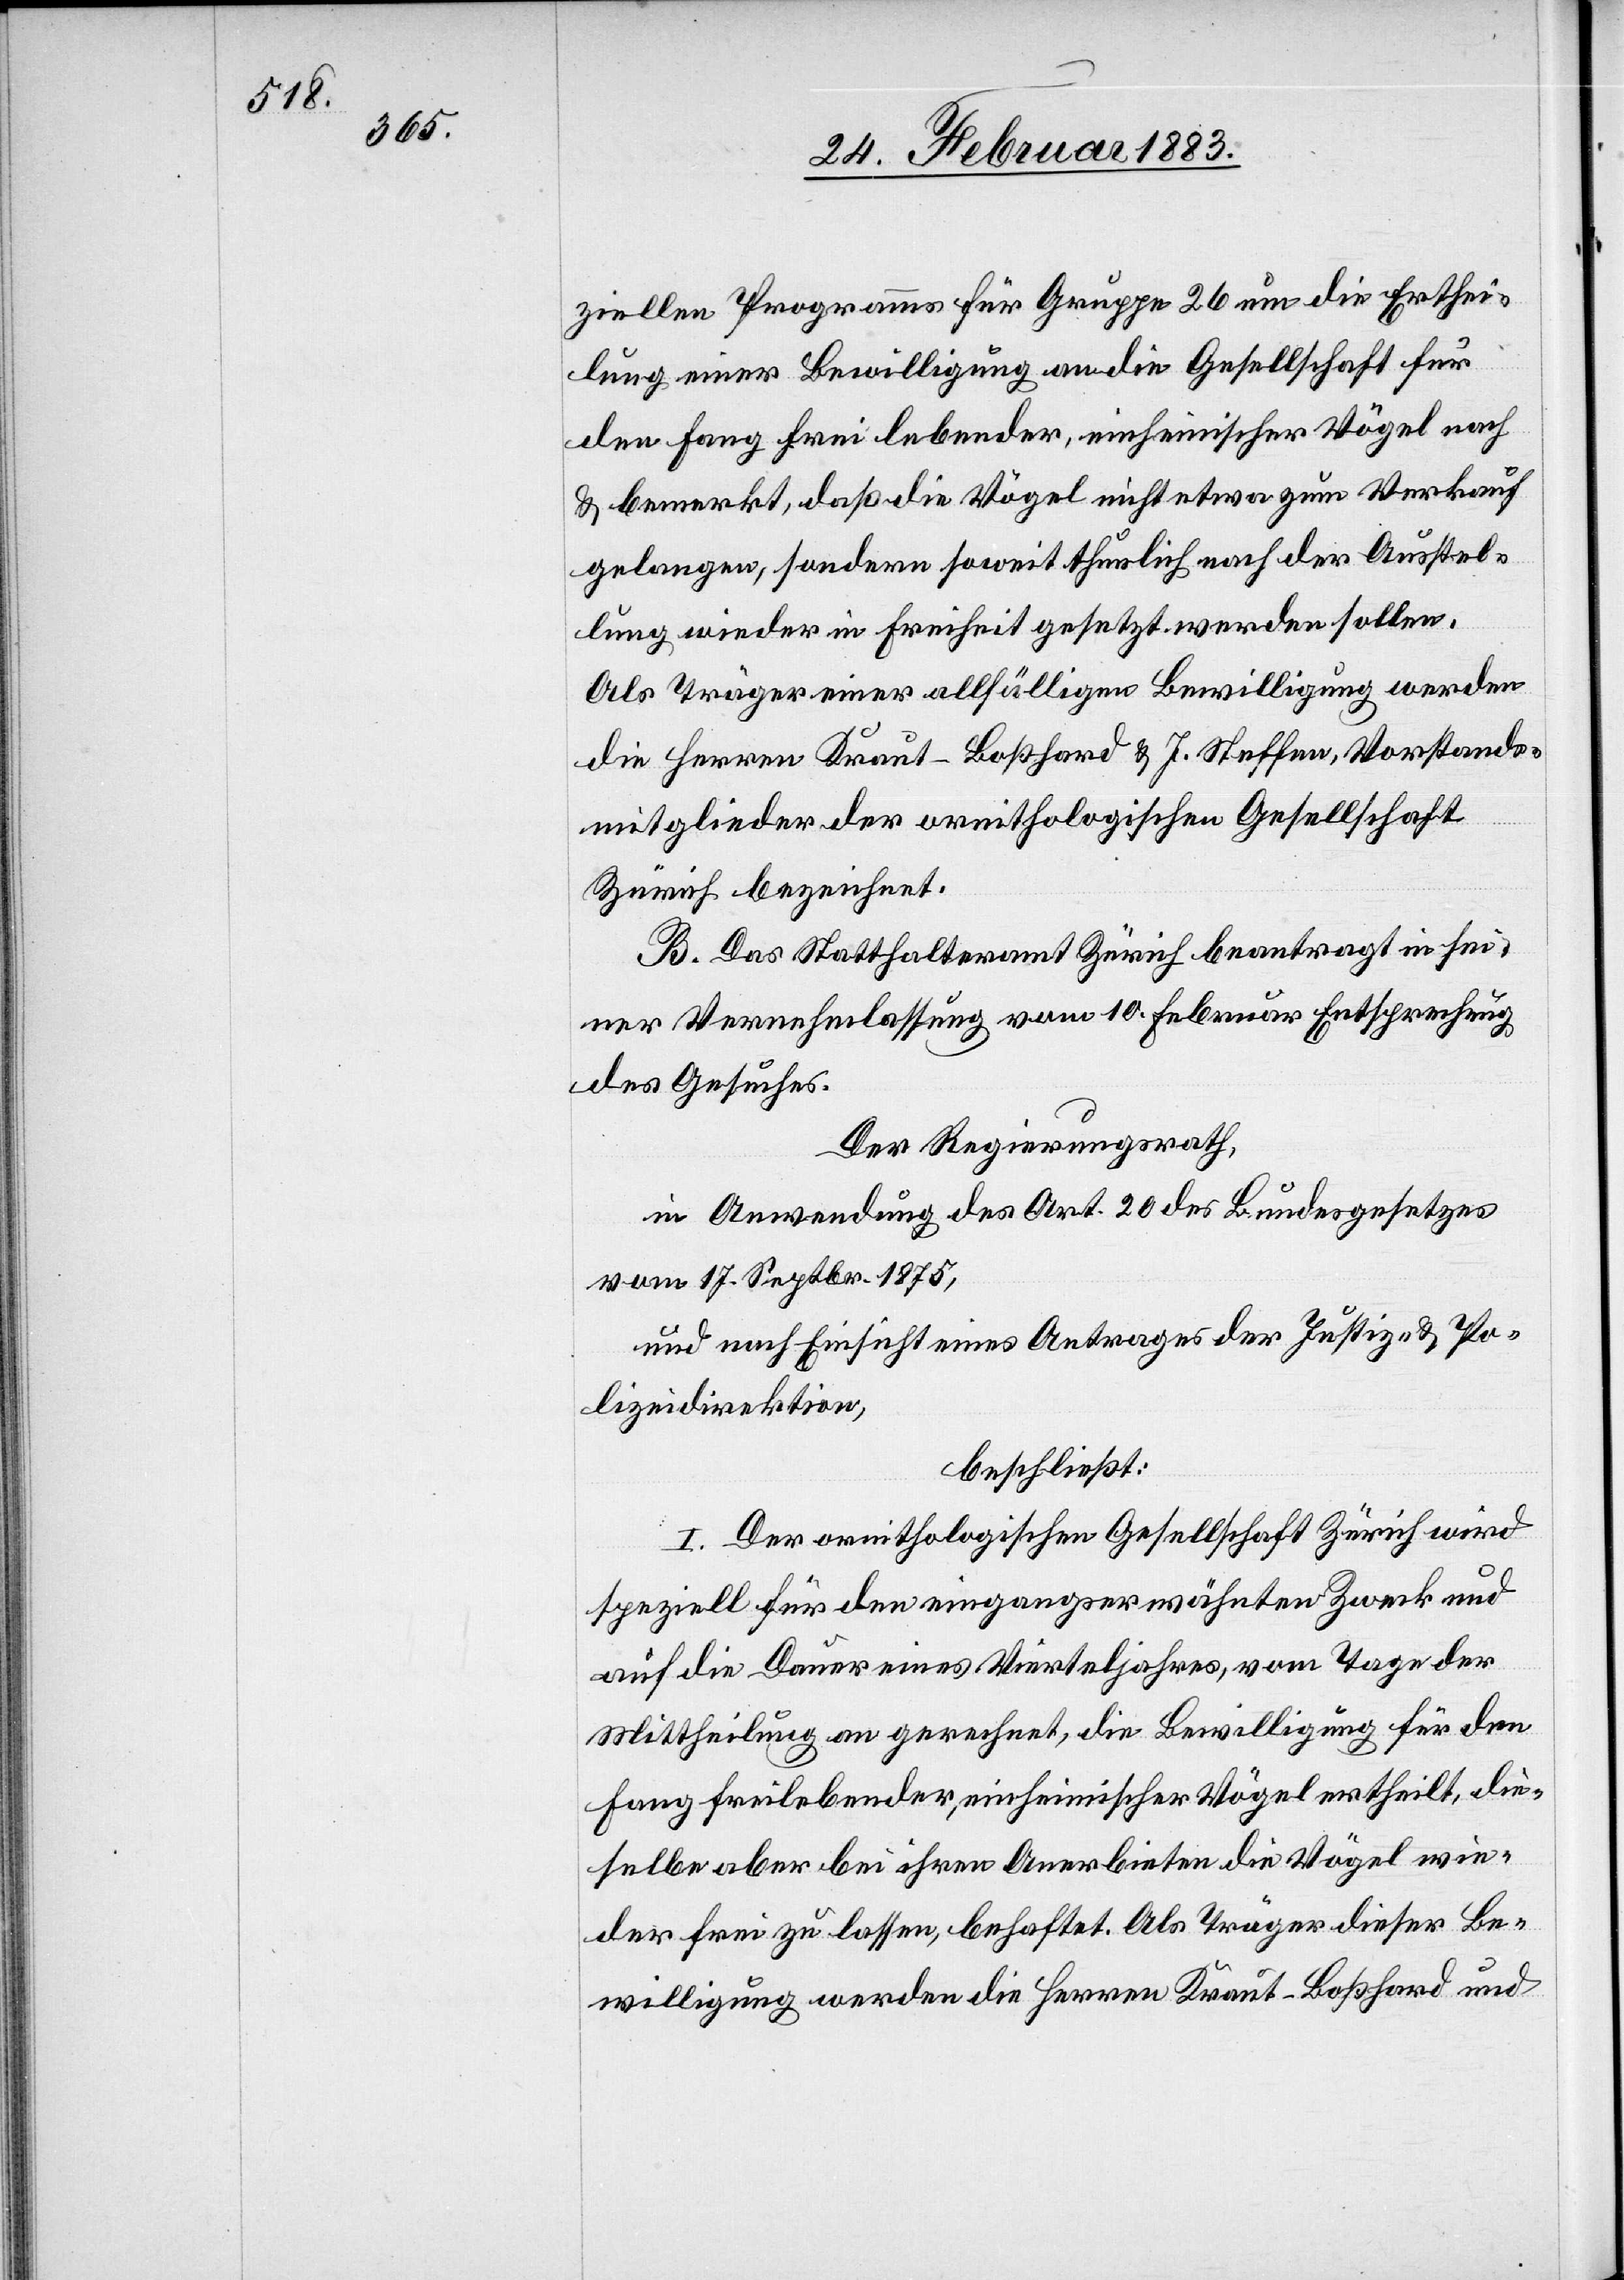
ziellen Programms für Gruppe 26 um die Erthei¬
lung einer Bewilligung an die Gesellschaft für
den Fang frei lebender, einheimischer Vögel nach
& bemerkt, daß die Vögel nicht etwa zum Verkauf
gelangen, sondern soweit thunlich nach der Ausstel¬
lung wieder in Freiheit gesetzt werden sollen.
Als Träger einer allfälligen Bewilligung werden
die Herren Kraut-Boßhard & J. Steffen, Vorstands¬
mitglieder der ornithologischen Gesellschaft
Zürich bezeichnet.
B. Das Statthalteramt Zürich beantragt in sei¬
ner Vernehmlassung vom 10. Februar Entsprechung
des Gesuches.
Der Regierungsrath,
in Anwendung des Art. 20 des Bundesgesetzes
vom 17. Septbr. 1875,
und nach Einsicht eines Antrages der Justiz- & Po¬
lizeidirektion,
beschließt:
I. Der ornithologischen Gesellschaft Zürich wird
speziell für den eingangserwähnten Zweck und
auf die Dauer eines Vierteljahres, vom Tage der
Mittheilung an gerechnet, die Bewilligung für den
Fang freilebender, einheimischer Vögel ertheilt, die¬
selbe aber bei ihren [recte: ihrem] Anerbieten die Vögel wie¬
der frei zu lassen, behaftet. Als Träger dieser Be¬
willigung werden die Herren Kraut-Boßhard und